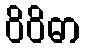
ဝိဝိဓာ